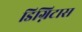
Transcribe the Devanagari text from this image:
डिग्निटास